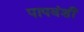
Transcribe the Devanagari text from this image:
पापवंशी